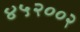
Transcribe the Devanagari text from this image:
४५२००२